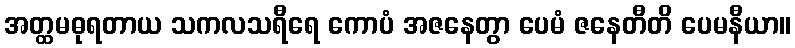
အတ္ထမဓုရတာယ သကလသရီရေ ကောပံ အဇနေတွာ ပေမံ ဇနေတီတိ ပေမနီယာ။